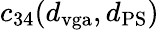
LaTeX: c_{34}(d_{\mathrm{vga}},d_{\mathrm{PS}})